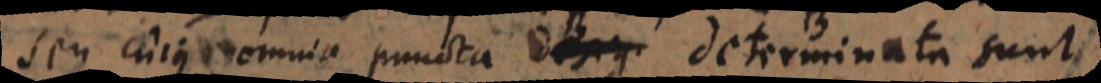
seu cujus omnia puncta desig determinata sunt,